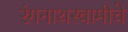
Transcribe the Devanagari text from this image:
रंगनाथस्वामीचे